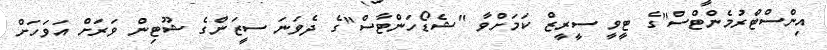
އިންސްޓްރުމެންޓްސް"ގެ ޓީވީ ސީރީޒް ކަމަށްވާ "ޝެޑޯހަންޓާސް"ގެ ދެވަނަ ސީޒަންގެ ޝޫޓިން ވަރަށް އަވަހަށް